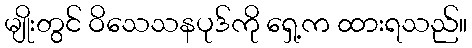
မျိုးတွင် ဝိသေသနပုဒ်ကို ရှေ့က ထားရသည်။